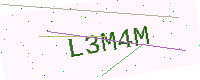
Text: L3M4M